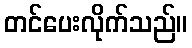
တင်ပေးလိုက်သည်။